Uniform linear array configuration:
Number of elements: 8
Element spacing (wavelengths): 0.25
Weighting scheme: exponential
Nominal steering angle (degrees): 15
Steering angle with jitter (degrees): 15.054
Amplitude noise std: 0.05
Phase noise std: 0.05

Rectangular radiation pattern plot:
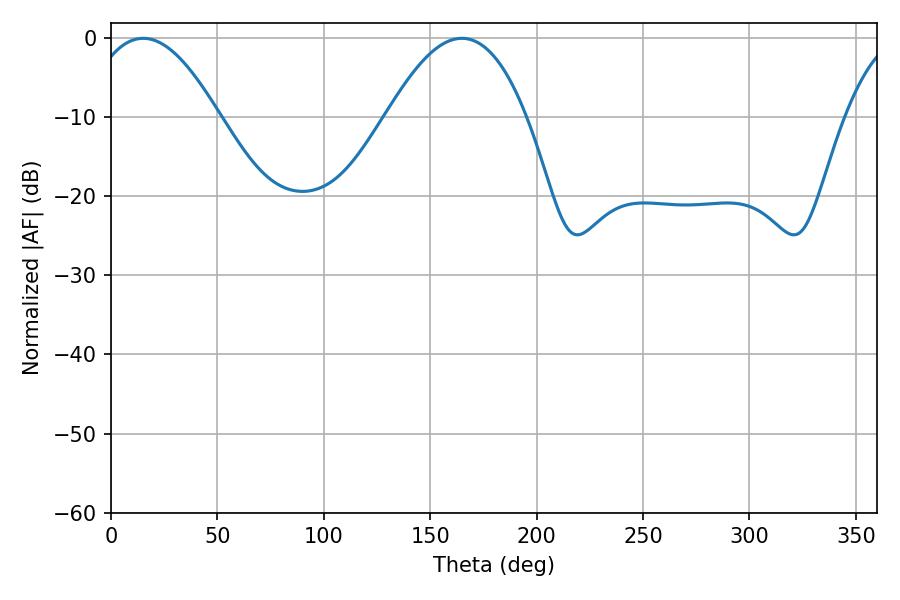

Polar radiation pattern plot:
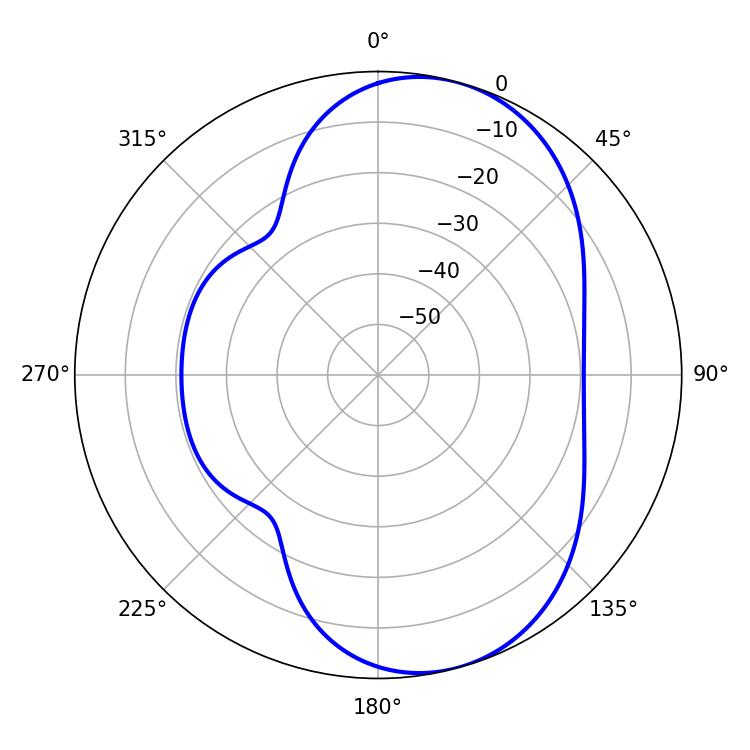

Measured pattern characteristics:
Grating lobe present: FALSE
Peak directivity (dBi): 7.151
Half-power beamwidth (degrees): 34.02
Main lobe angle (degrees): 15.12